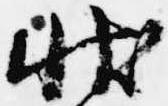
状